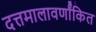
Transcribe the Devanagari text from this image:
दत्तमालावर्णांकित